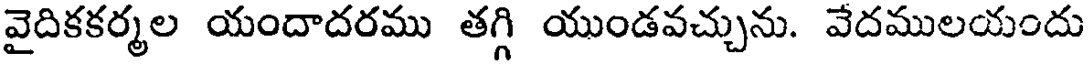
వైదికకర్మల యందాదరము తగ్గి యుండవచ్చును. వేదములయందు